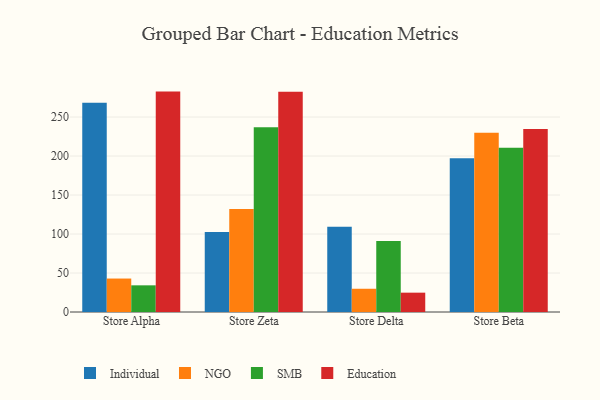
{"axis": {"x": "Store", "y": "Latency (ms)"}, "legend": ["Education", "Individual", "NGO", "SMB"], "data": [{"x": "Store Alpha", "y": 268.4, "type": "Individual"}, {"x": "Store Alpha", "y": 42.9, "type": "NGO"}, {"x": "Store Alpha", "y": 34.2, "type": "SMB"}, {"x": "Store Alpha", "y": 282.6, "type": "Education"}, {"x": "Store Zeta", "y": 102.7, "type": "Individual"}, {"x": "Store Zeta", "y": 132.1, "type": "NGO"}, {"x": "Store Zeta", "y": 237.0, "type": "SMB"}, {"x": "Store Zeta", "y": 282.3, "type": "Education"}, {"x": "Store Delta", "y": 109.4, "type": "Individual"}, {"x": "Store Delta", "y": 29.8, "type": "NGO"}, {"x": "Store Delta", "y": 91.0, "type": "SMB"}, {"x": "Store Delta", "y": 24.8, "type": "Education"}, {"x": "Store Beta", "y": 197.1, "type": "Individual"}, {"x": "Store Beta", "y": 229.8, "type": "NGO"}, {"x": "Store Beta", "y": 210.6, "type": "SMB"}, {"x": "Store Beta", "y": 234.6, "type": "Education"}]}